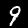
Label: 9